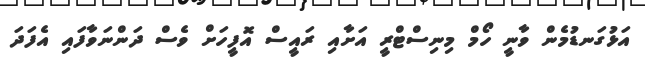
އަޅުގަނޑުމެން ވާނީ ހޯމް މިނިސްޓްރީ އަށާއި ރައީސް އޮފީހަށް ވެސް ދަންނަވާފައި އެފަދަ